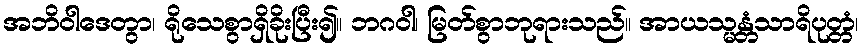
အဘိဝါဒေတွာ၊ ရိုသေစွာရှိခိုးပြီး၍။ ဘဂဝါ၊ မြတ်စွာဘုရားသည်။ အာယသ္မန္တံသာရိပုတ္တံ၊